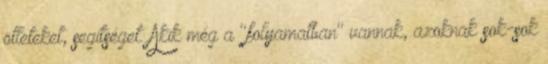
ötleteket, segítséget. Akik még a "folyamatban" vannak, azoknak sok-sok